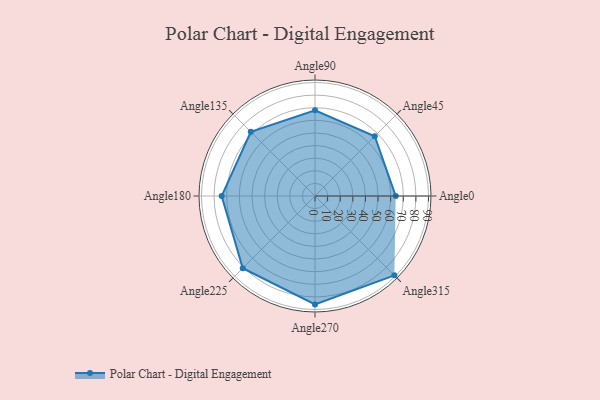
{"axis": {"x": "Angle", "y": "Radius"}, "legend": [""], "data": [{"x": "Angle0", "y": 64.0, "type": ""}, {"x": "Angle45", "y": 67.0, "type": ""}, {"x": "Angle90", "y": 68.0, "type": ""}, {"x": "Angle135", "y": 72.0, "type": ""}, {"x": "Angle180", "y": 74.0, "type": ""}, {"x": "Angle225", "y": 81.0, "type": ""}, {"x": "Angle270", "y": 86.0, "type": ""}, {"x": "Angle315", "y": 89.0, "type": ""}]}